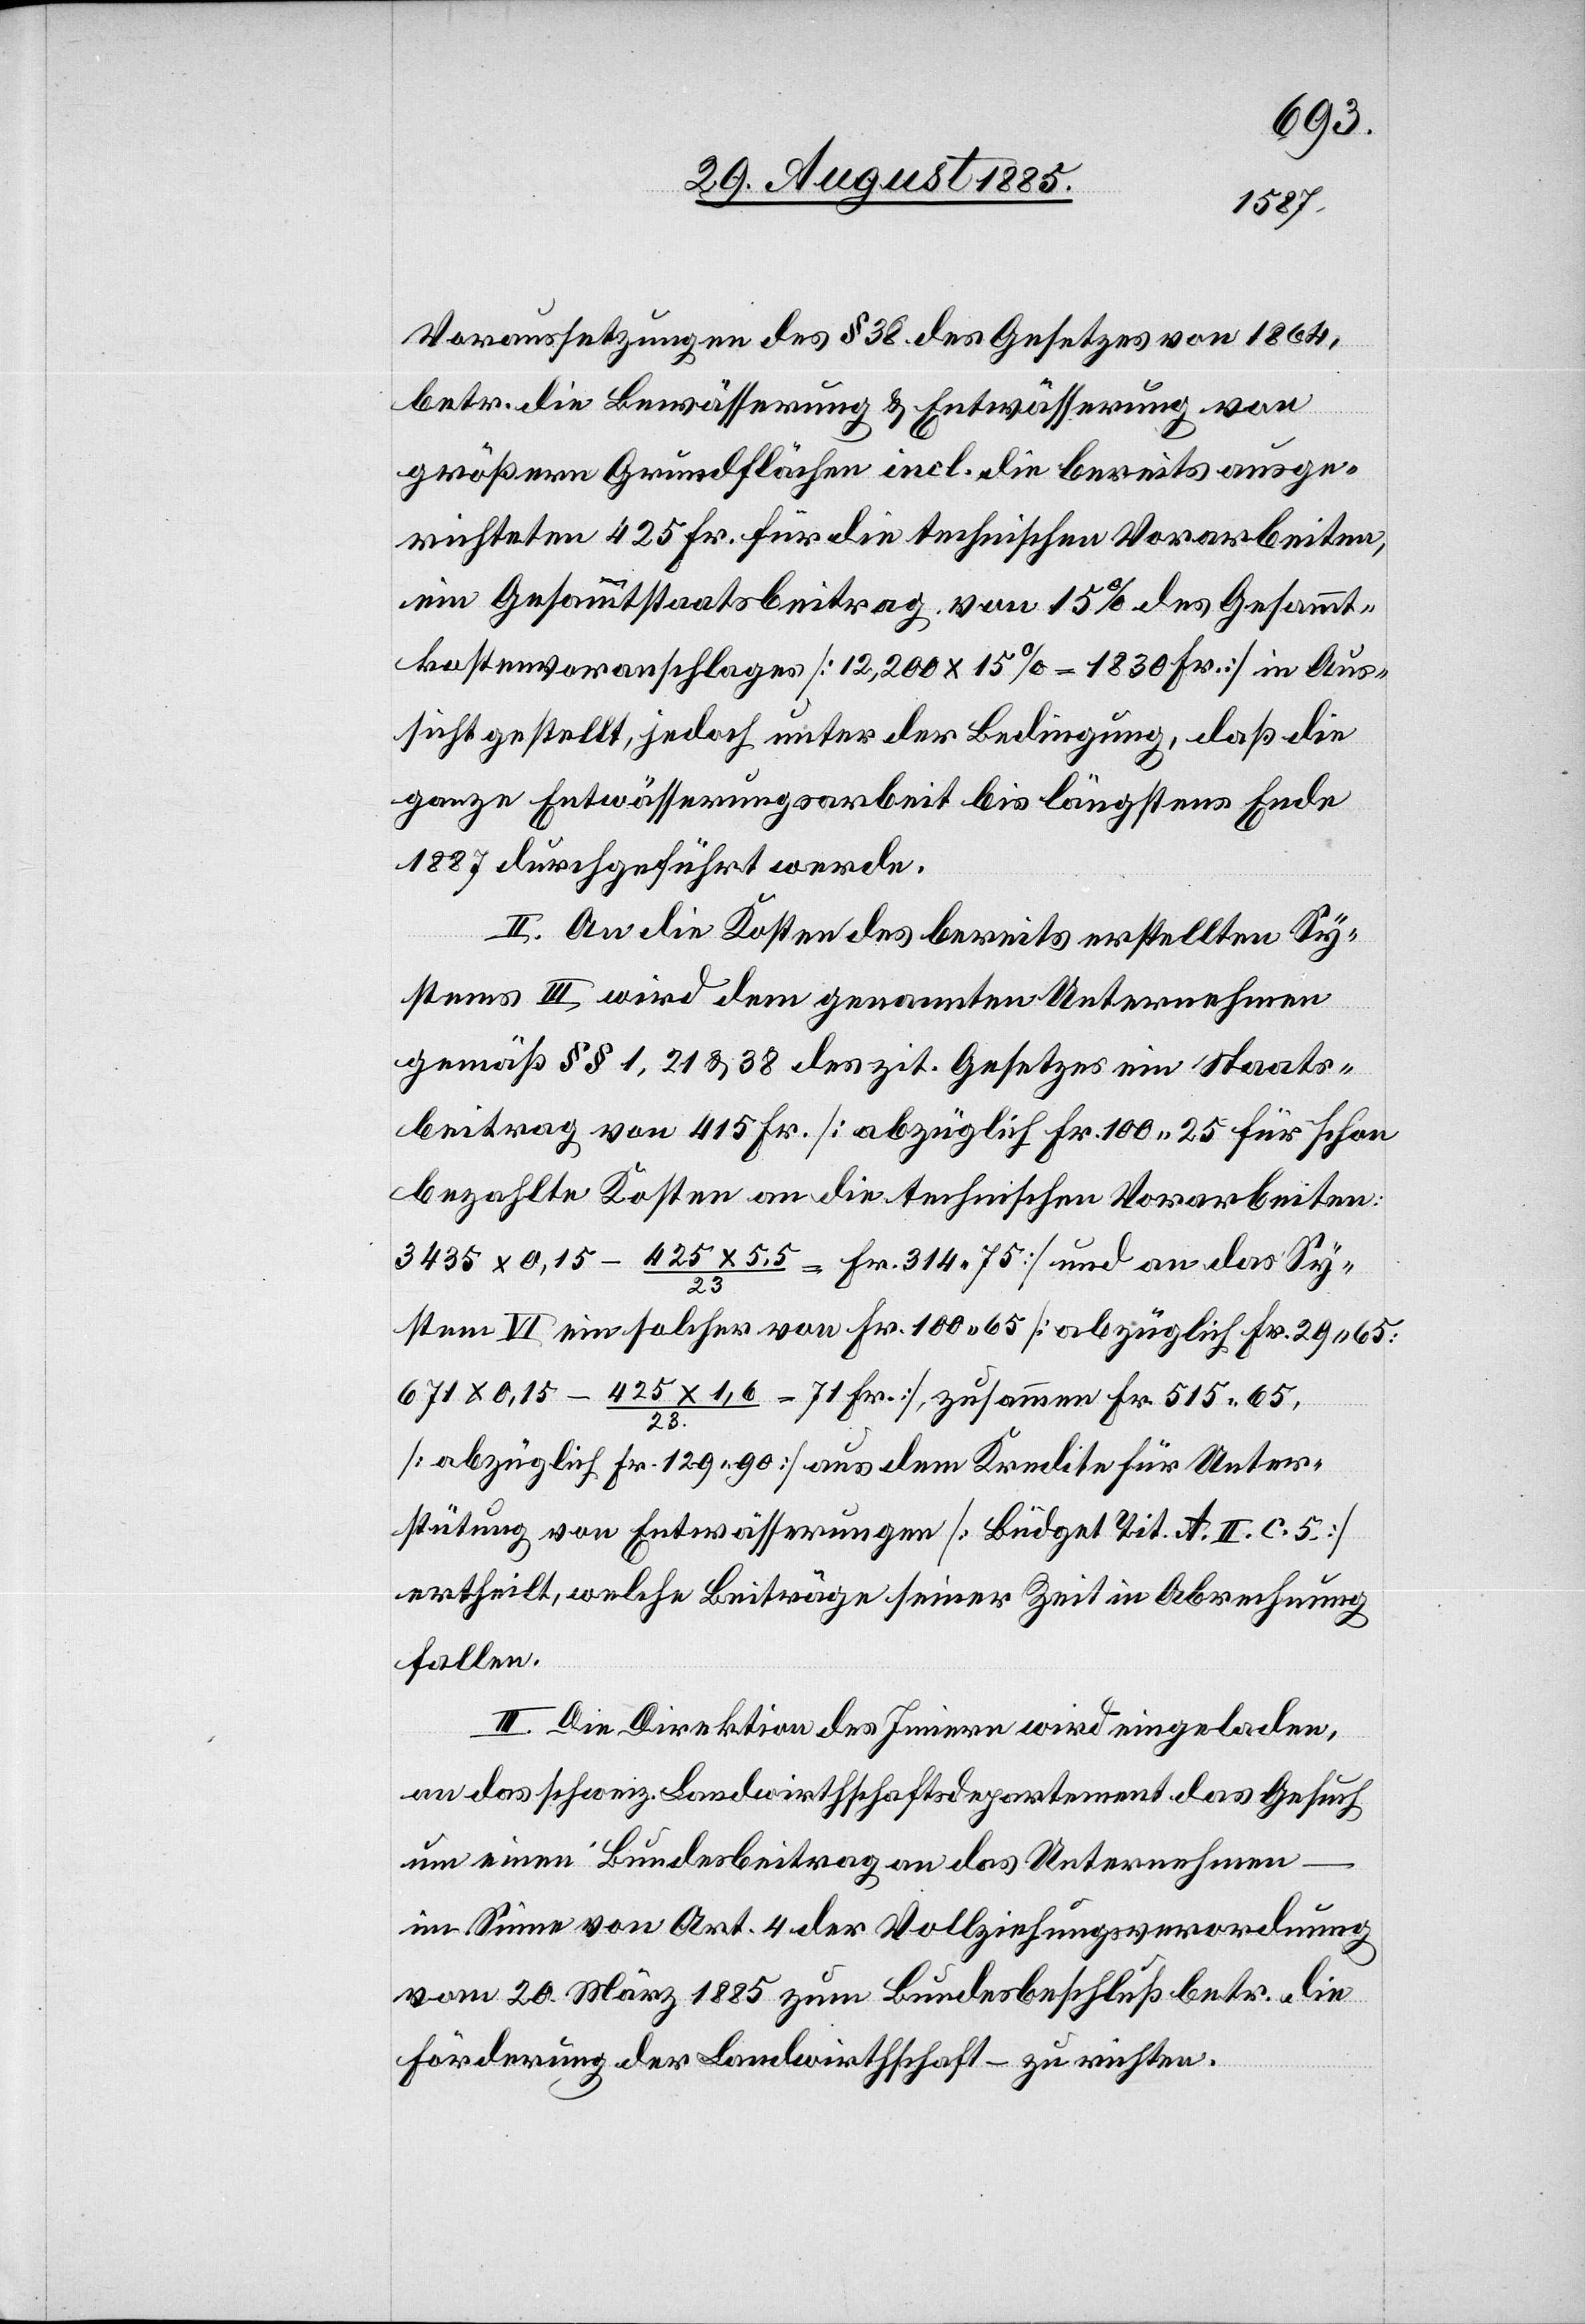
Voraussetzungen des § 32 des Gesetzes von 1864,
betr. die Bewässerung & Entwässerung von
größeren Grundflächen incl. die bereits ausge¬
richteten 425 Fr. für die technischen Vorarbeiten,
ein Gesammtstaatsbeitrag von 15% des Gesammt¬
kostenvoranschlages [12,200 x 15% = 1830 Fr.] in Aus¬
sicht gestellt, jedoch unter der Bedingung, daß die
ganze Entwässerungsarbeit bis längstens Ende
1887 durchgeführt werde.
II. An die Kosten des bereits erstellten Sy¬
stems III, wird dem genannten Unternehmen
gemäß §§ 1, 21 & 38 des zit. Gesetzes ein Staats¬
beitrag von 415 Fr. [abzüglich Fr. 100 25 für schon
bezahlte Kosten an die technischen Vorarbeiten:
3435 x 0,15 – 425 x 5,5/23 = Fr. 314 75] und an das Sy¬
stem VI ein solcher von Fr. 100 65 [abzüglich Fr. 29 65:
671 x 0,15 – 425 x 1,6/23 = 71 Fr.], zusammen Fr. 515 65,
[abzüglich Fr. 129 90] aus dem Kredite für Unter¬
stützung von Entwässerungen [Büdget Tit. A. II. C. 5.]
ertheilt, welche Beiträge seiner Zeit in Abrechnung
fallen.
III. Die Direktion des Innern wird eingeladen,
an das schweiz. Landwirthschaftsdepartement das Gesuch
um einen Bundesbeitrag an das Unternehmen
im Sinne von Art. 4 der Vollziehungsverordnung
vom 20. März 1885 zum Bundesbeschluß betr. die
Förderung der Landwirthschaft – zu richten.